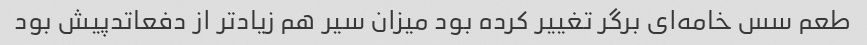
طعم سس خامه‌ای برگر تغییر کرده بود میزان سیر هم زیادتر از دفعاتدپیش بود